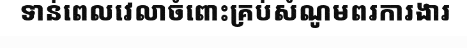
ទាន់ពេលវេលាចំពោះគ្រប់សំណូមពរការងារ